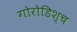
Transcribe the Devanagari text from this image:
गोरोडिश्च